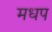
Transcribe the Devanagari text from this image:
मधप